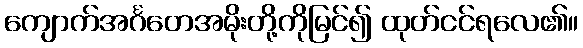
ကျောက်အင်္ဂတေအမိုးတို့ကိုမြင်၍ ထုတ်ငင်ရလေ၏။